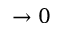
\to 0